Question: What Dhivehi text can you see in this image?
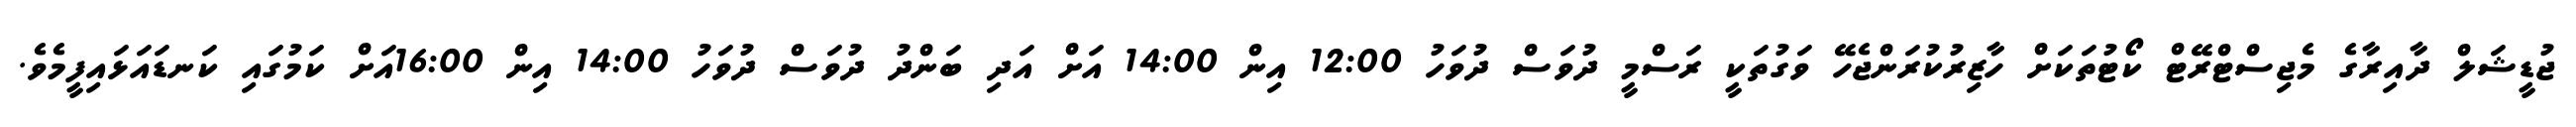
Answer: ޖުޑީޝަލް ދާއިރާގެ މެޖިސްޓްރޭޓް ކޯޓުތަކަށް ހާޒިރުކުރަންޖެހޭ ވަގުތަކީ ރަސްމީ ދުވަސް ދުވަހު 12:00 އިން 14:00 އަށް އަދި ބަންދު ދުވަސް ދުވަހު 14:00 އިން 16:00އަށް ކަމުގައި ކަނޑައަޅައިފީމެވެ.